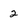
Character: 2